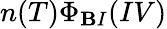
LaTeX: n(T)\Phi_{\mathbf{B}I}(IV)